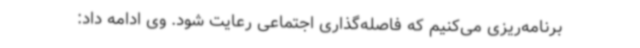
برنامه‌ریزی می‌کنیم که فاصله‌گذاری اجتماعی رعایت شود. وی ادامه داد: